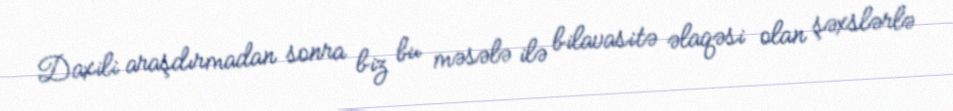
Daxili araşdırmadan sonra biz bu məsələ ilə bilavasitə əlaqəsi olan şəxslərlə